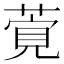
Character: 𦶴